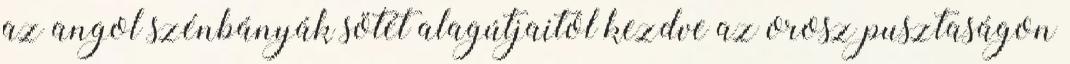
az angol szénbányák sötét alagútjaitól kezdve az orosz pusztaságon